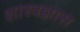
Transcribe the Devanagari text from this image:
शास्त्रज्ञास